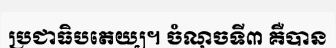
ប្រជាធិបតេយ្យ។ ចំណុចទី៣ គឺបាន